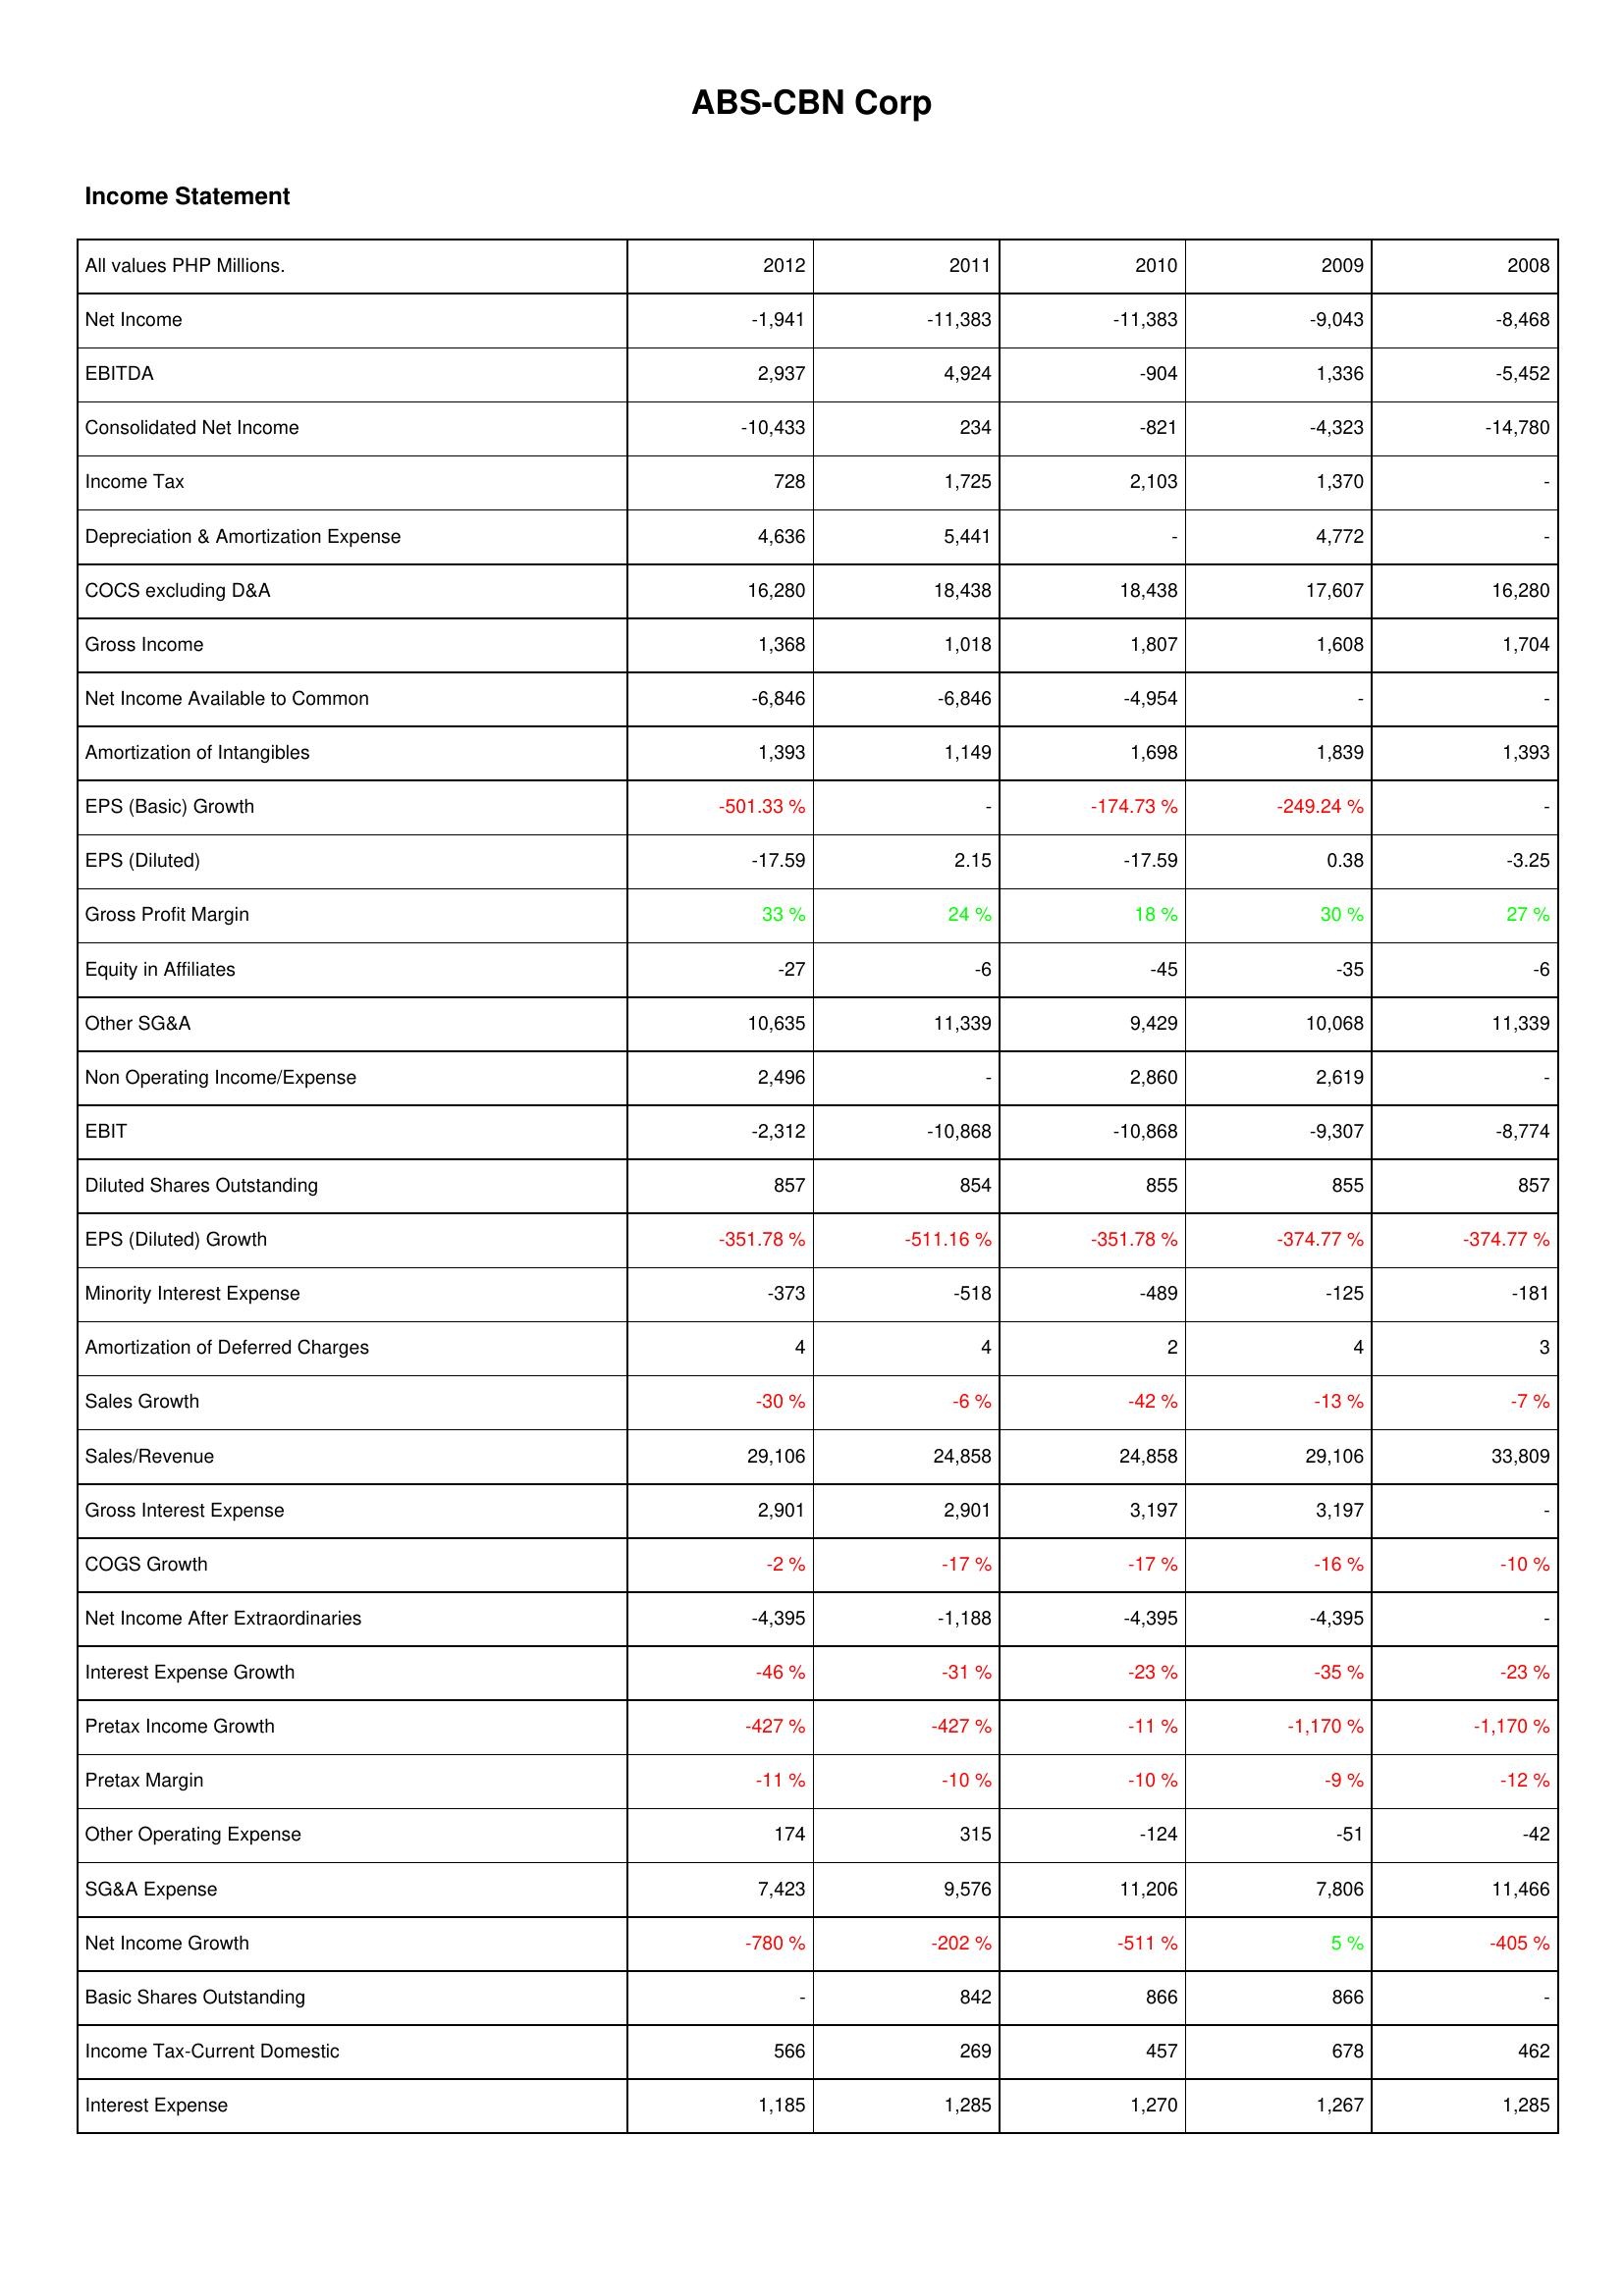
2012: Income Statement: Net Income: -1,941
EBITDA: 2,937
Consolidated Net Income: -10,433
Income Tax: 728
Depreciation & Amortization Expense: 4,636
COCS excluding D&A: 16,280
Gross Income: 1,368
Net Income Available to Common: -6,846
Amortization of Intangibles: 1,393
EPS (Basic) Growth: -501.33 %
EPS (Diluted): -17.59
Gross Profit Margin: 33 %
Equity in Affiliates: -27
Other SG&A: 10,635
Non Operating Income/Expense: 2,496
EBIT: -2,312
Diluted Shares Outstanding: 857
EPS (Diluted) Growth: -351.78 %
Minority Interest Expense: -373
Amortization of Deferred Charges: 4
Sales Growth: -30 %
Sales/Revenue: 29,106
Gross Interest Expense: 2,901
COGS Growth: -2 %
Net Income After Extraordinaries: -4,395
Interest Expense Growth: -46 %
Pretax Income Growth: -427 %
Pretax Margin: -11 %
Other Operating Expense: 174
SG&A Expense: 7,423
Net Income Growth: -780 %
Basic Shares Outstanding: -
Income Tax-Current Domestic: 566
Interest Expense: 1,185
2011: Income Statement: Net Income: -11,383
EBITDA: 4,924
Consolidated Net Income: 234
Income Tax: 1,725
Depreciation & Amortization Expense: 5,441
COCS excluding D&A: 18,438
Gross Income: 1,018
Net Income Available to Common: -6,846
Amortization of Intangibles: 1,149
EPS (Basic) Growth: -
EPS (Diluted): 2.15
Gross Profit Margin: 24 %
Equity in Affiliates: -6
Other SG&A: 11,339
Non Operating Income/Expense: -
EBIT: -10,868
Diluted Shares Outstanding: 854
EPS (Diluted) Growth: -511.16 %
Minority Interest Expense: -518
Amortization of Deferred Charges: 4
Sales Growth: -6 %
Sales/Revenue: 24,858
Gross Interest Expense: 2,901
COGS Growth: -17 %
Net Income After Extraordinaries: -1,188
Interest Expense Growth: -31 %
Pretax Income Growth: -427 %
Pretax Margin: -10 %
Other Operating Expense: 315
SG&A Expense: 9,576
Net Income Growth: -202 %
Basic Shares Outstanding: 842
Income Tax-Current Domestic: 269
Interest Expense: 1,285
2010: Income Statement: Net Income: -11,383
EBITDA: -904
Consolidated Net Income: -821
Income Tax: 2,103
Depreciation & Amortization Expense: -
COCS excluding D&A: 18,438
Gross Income: 1,807
Net Income Available to Common: -4,954
Amortization of Intangibles: 1,698
EPS (Basic) Growth: -174.73 %
EPS (Diluted): -17.59
Gross Profit Margin: 18 %
Equity in Affiliates: -45
Other SG&A: 9,429
Non Operating Income/Expense: 2,860
EBIT: -10,868
Diluted Shares Outstanding: 855
EPS (Diluted) Growth: -351.78 %
Minority Interest Expense: -489
Amortization of Deferred Charges: 2
Sales Growth: -42 %
Sales/Revenue: 24,858
Gross Interest Expense: 3,197
COGS Growth: -17 %
Net Income After Extraordinaries: -4,395
Interest Expense Growth: -23 %
Pretax Income Growth: -11 %
Pretax Margin: -10 %
Other Operating Expense: -124
SG&A Expense: 11,206
Net Income Growth: -511 %
Basic Shares Outstanding: 866
Income Tax-Current Domestic: 457
Interest Expense: 1,270
2009: Income Statement: Net Income: -9,043
EBITDA: 1,336
Consolidated Net Income: -4,323
Income Tax: 1,370
Depreciation & Amortization Expense: 4,772
COCS excluding D&A: 17,607
Gross Income: 1,608
Net Income Available to Common: -
Amortization of Intangibles: 1,839
EPS (Basic) Growth: -249.24 %
EPS (Diluted): 0.38
Gross Profit Margin: 30 %
Equity in Affiliates: -35
Other SG&A: 10,068
Non Operating Income/Expense: 2,619
EBIT: -9,307
Diluted Shares Outstanding: 855
EPS (Diluted) Growth: -374.77 %
Minority Interest Expense: -125
Amortization of Deferred Charges: 4
Sales Growth: -13 %
Sales/Revenue: 29,106
Gross Interest Expense: 3,197
COGS Growth: -16 %
Net Income After Extraordinaries: -4,395
Interest Expense Growth: -35 %
Pretax Income Growth: -1,170 %
Pretax Margin: -9 %
Other Operating Expense: -51
SG&A Expense: 7,806
Net Income Growth: 5 %
Basic Shares Outstanding: 866
Income Tax-Current Domestic: 678
Interest Expense: 1,267
2008: Income Statement: Net Income: -8,468
EBITDA: -5,452
Consolidated Net Income: -14,780
Income Tax: -
Depreciation & Amortization Expense: -
COCS excluding D&A: 16,280
Gross Income: 1,704
Net Income Available to Common: -
Amortization of Intangibles: 1,393
EPS (Basic) Growth: -
EPS (Diluted): -3.25
Gross Profit Margin: 27 %
Equity in Affiliates: -6
Other SG&A: 11,339
Non Operating Income/Expense: -
EBIT: -8,774
Diluted Shares Outstanding: 857
EPS (Diluted) Growth: -374.77 %
Minority Interest Expense: -181
Amortization of Deferred Charges: 3
Sales Growth: -7 %
Sales/Revenue: 33,809
Gross Interest Expense: -
COGS Growth: -10 %
Net Income After Extraordinaries: -
Interest Expense Growth: -23 %
Pretax Income Growth: -1,170 %
Pretax Margin: -12 %
Other Operating Expense: -42
SG&A Expense: 11,466
Net Income Growth: -405 %
Basic Shares Outstanding: -
Income Tax-Current Domestic: 462
Interest Expense: 1,285